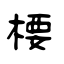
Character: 楆